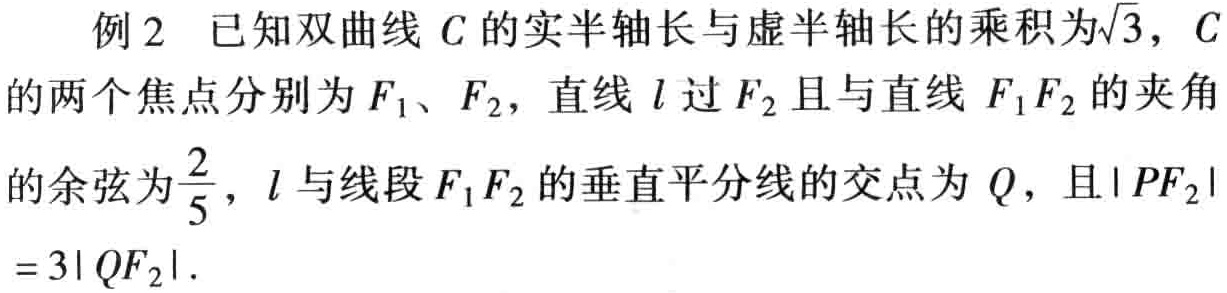
例2 已知双曲线 \(C\) 的实半轴长与虚半轴长的乘积为\(\sqrt{3}\)，\(C\)的两个焦点分别为\(F_{1}\)、\(F_{2}\)，直线 \(l\) 过 \(F_{2}\) 且与直线 \(F_{1}F_{2}\) 的夹角的余弦为\(\frac{2}{5}\)，\(l\) 与线段 \(F_{1}F_{2}\) 的垂直平分线的交点为 \(Q\)，且\(\vert PF_{2}\vert = 3\vert QF_{2}\vert\)．